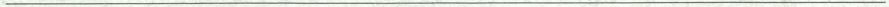
___